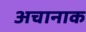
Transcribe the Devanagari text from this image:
अचानाक